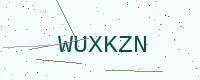
Text: WUXKZN